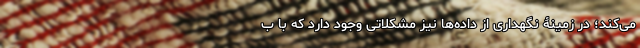
می‌کند؛ در زمینۀ نگهداری از داده‌ها نیز مشکلاتی وجود دارد که با ب